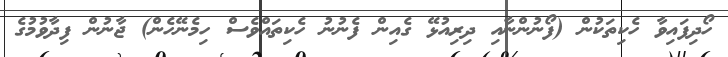
ހޯދިފައިވާ ހެކިތަކުން (ފޯނުންނާއި ދިރިއުޅޭ ގެއިން ފެނުނު ހެކިތައްވެސް ހިމެނޭހެން) ޖާނުން ފިދާވުމުގެ